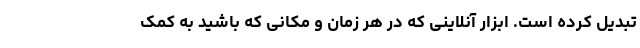
تبدیل کرده است. ابزار آنلاینی که در هر زمان و مکانی که باشید به کمک